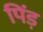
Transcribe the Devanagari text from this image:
पिंड़